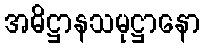
အဓိဋ္ဌာနသမုဋ္ဌာနော